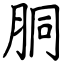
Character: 胴